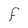
Character: F